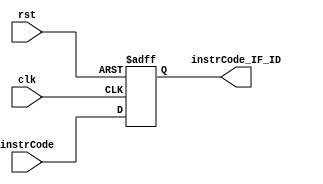
`timescale 1ns / 1ps
//////////////////////////////////////////////////////////////////////////////////
// Company: 
// Engineer: 
// 
// Design Name: 
// Module Name: IF_ID
// Project Name: 
// Target Devices: 
// Tool Versions: 
// Description: 
// 
// Dependencies: 
// 
// Revision:
// Revision 0.01 - File Created
// Additional Comments:
// 
//////////////////////////////////////////////////////////////////////////////////


module IF_ID(
input clk,rst,
input [31:0] instrCode,
output reg [31:0] instrCode_IF_ID
);

always @(posedge clk,negedge rst)
begin
    if(!rst) instrCode_IF_ID <= 32'd0;
    else instrCode_IF_ID <= instrCode;
end
  
endmodule